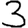
Digit: 3